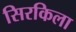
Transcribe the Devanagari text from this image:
सिरकिला